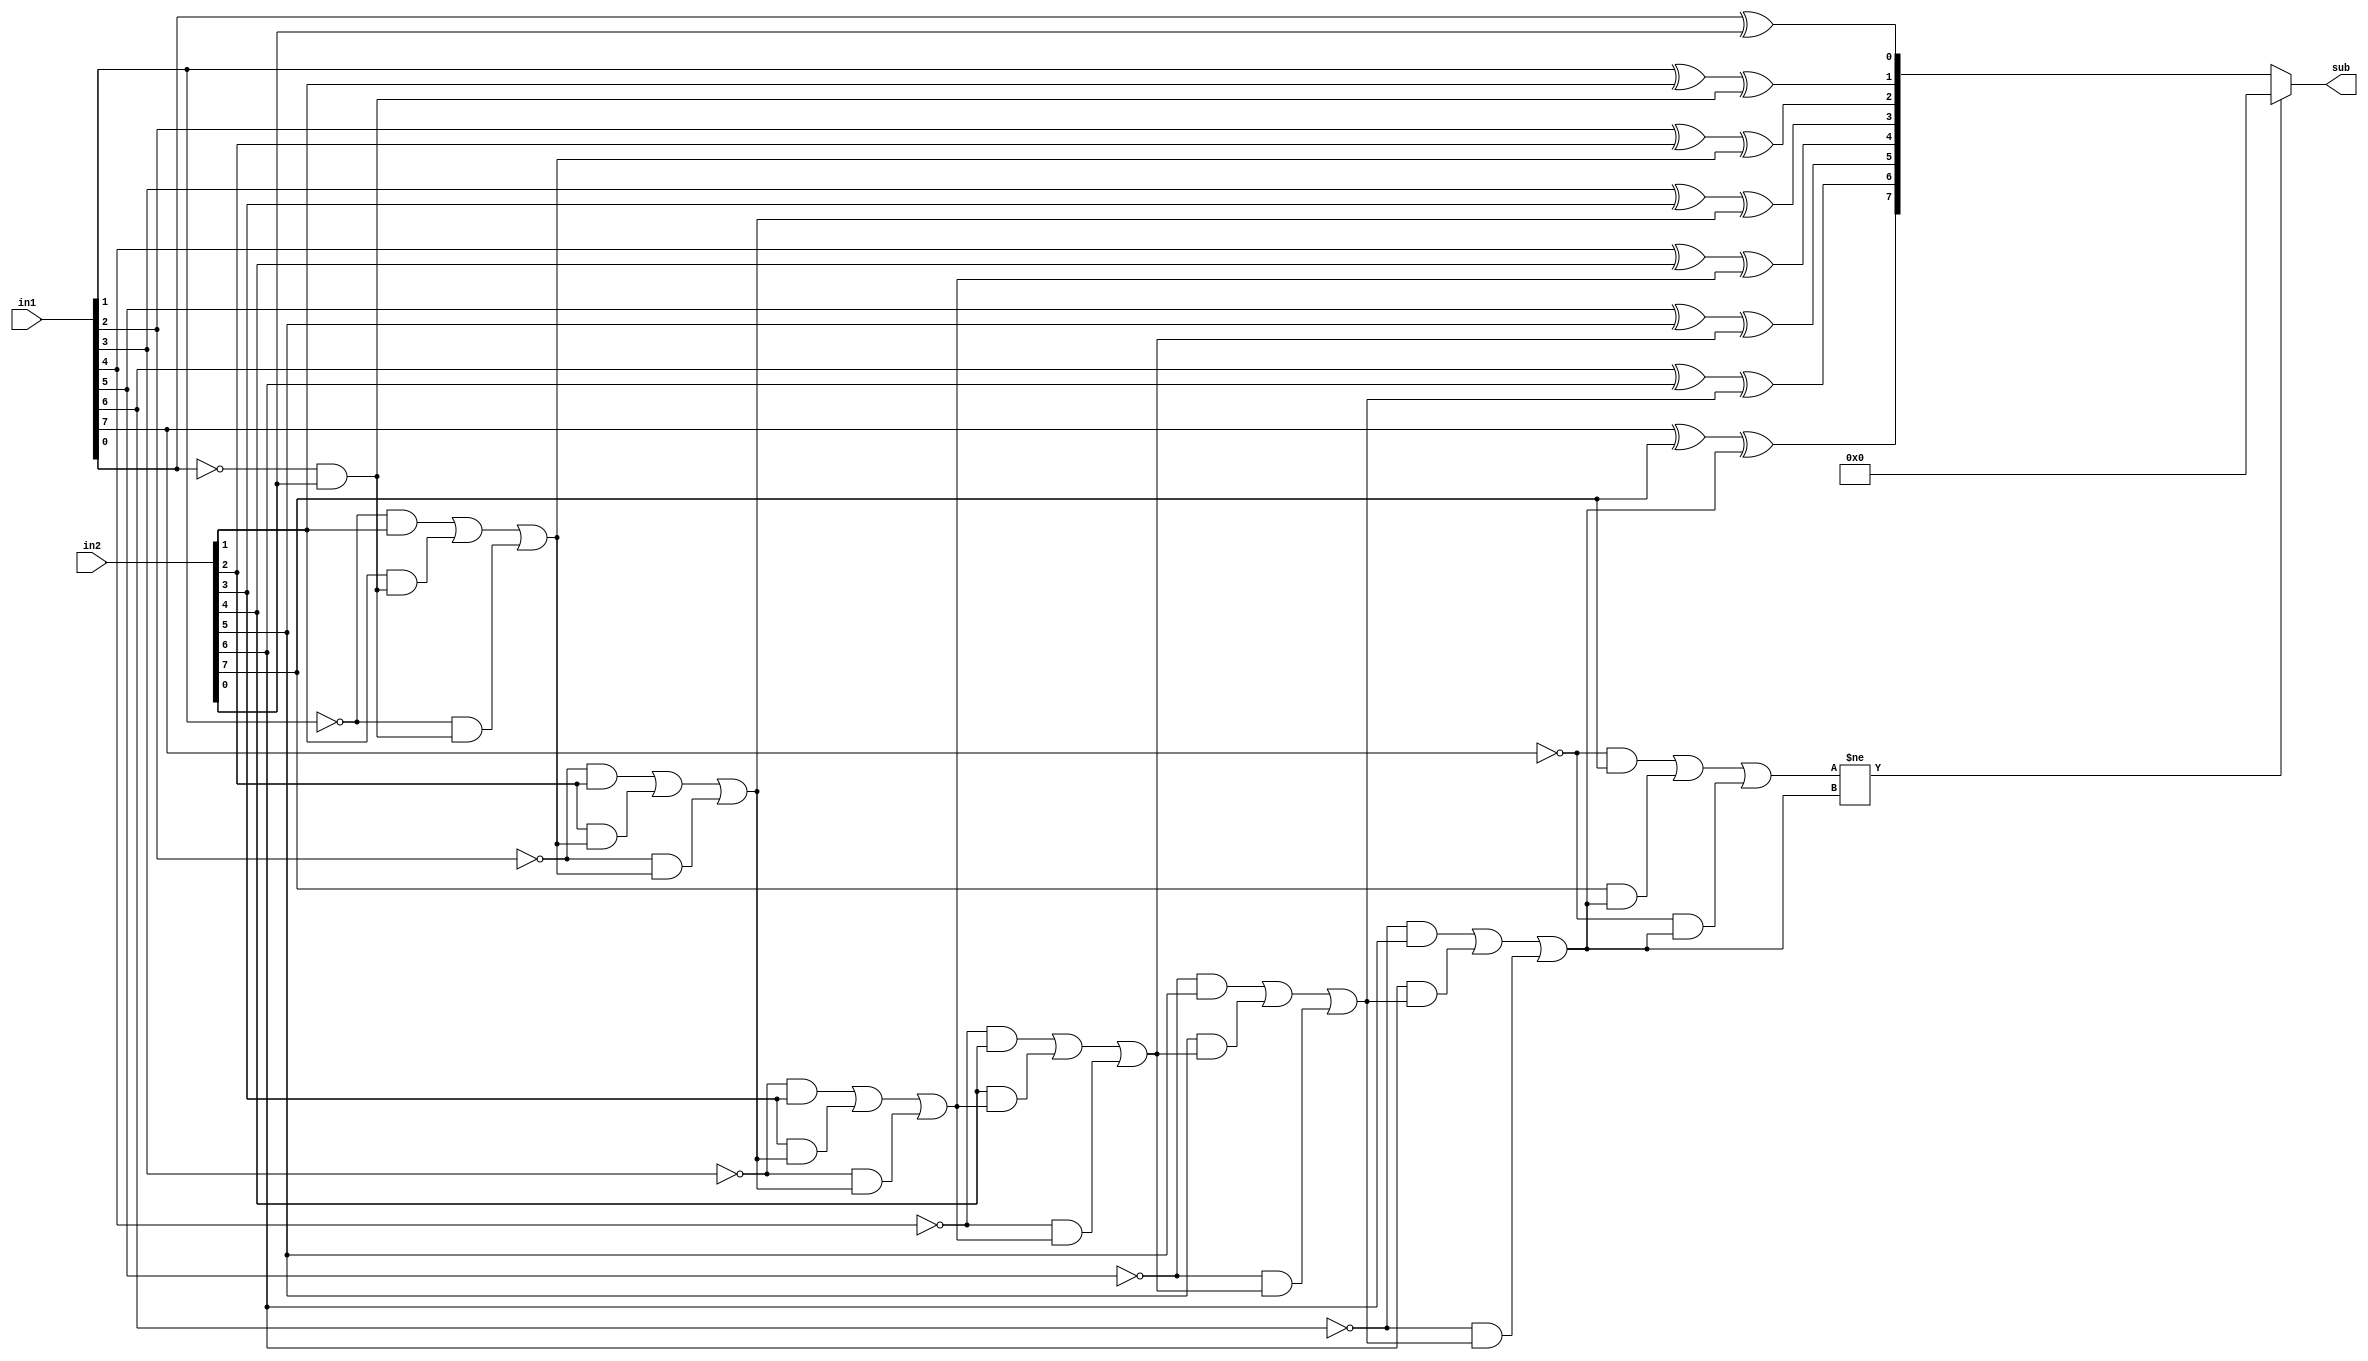
module sub(in1,in2,sub);
input[7:0] in1,in2;
output[7:0] sub;
reg[7:0] c;
reg[7:0] sub;
always@ (in1 or in2)
begin
sub[0]=in1[0]^in2[0];
c[0]=(~in1[0]&in2[0]);
sub[1]=in1[1]^in2[1]^c[0];
c[1]=(((~in1[1])&in2[1])|(in2[1]&c[0])|((~in1[1])&c[0]));
sub[2]=in1[2]^in2[2]^c[1];
c[2]=(((~in1[2])&in2[2])|(in2[2]&c[1])|((~in1[2])&c[1]));
sub[3]=in1[3]^in2[3]^c[2];
c[3]=(((~in1[3])&in2[3])|(in2[3]&c[2])|((~in1[3])&c[2]));
sub[4]=in1[4]^in2[4]^c[3];
c[4]=(((~in1[4])&in2[4])|(in2[4]&c[3])|((~in1[4])&c[3]));
sub[5]=in1[5]^in2[5]^c[4];
c[5]=(((~in1[5])&in2[5])|(in2[5]&c[4])|((~in1[5])&c[4]));
sub[6]=in1[6]^in2[6]^c[5];
c[6]=(((~in1[6])&in2[6])|(in2[6]&c[5])|((~in1[6])&c[5]));
sub[7]=in1[7]^in2[7]^c[6];
c[7]=(((~in1[7])&in2[7])|(in2[7]&c[6])|((~in1[7])&c[6]));

if(c[7]!=c[6]) //overflow condition
sub = 8'b00000000;
end
endmodule